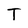
Character: T